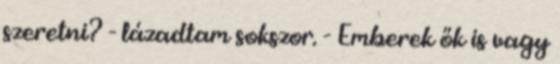
szeretni? - lázadtam sokszor. - Emberek ők is vagy